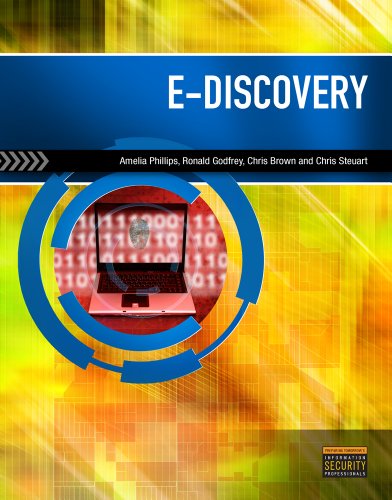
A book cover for E-Discovery: An Introduction to Digital Evidence (with DVD); Amelia Phillips; Law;